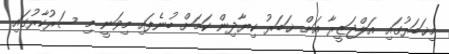
މިޚަބަރުގައި އަލްޖަޒީރާ އަށް ޚަބަރު ކިޔާދިން ކަމަށް ބުނެފައި މިވަނީ މި ސަރުކާރުގައި